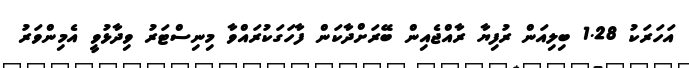
އަހަރަކު 1.28 ބިލިއަން ރުފިޔާ ރާާއްޖެއިން ބޭރަށްދާކަން ފާހަގަކުރައްވާ މިނިސްޓަރު ވިދާޅުވީ އެމިންވަރު